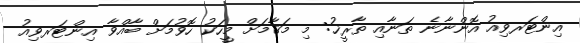
އިންޓަރވިއު އޮންނާނެ ތަނާއި ތާރީޚު: މި މަޤާމަށް މީހަކު ހޮވުމަށް ބާއްވާ އިންޓަރވިއު